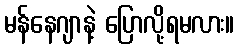
မန်နေဂျာနဲ့ ပြောလို့ရမလား။